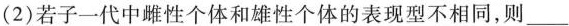
(2)若子一代中雌性个体和雄性个体的表现型不相同，则___